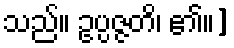
သည်။ ဥပ္ပဇ္ဇတိ၊ ၏။]